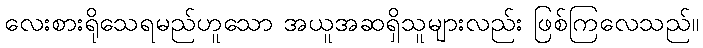
လေးစားရိုသေရမည်ဟူသော အယူအဆရှိသူများလည်း ဖြစ်ကြလေသည်။